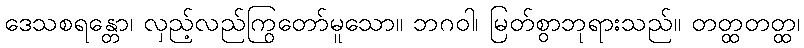
ဒေသစရန္တော၊ လှည့်လည်ကြွတော်မူသော။ ဘဂဝါ၊ မြတ်စွာဘုရားသည်။ တတ္ထတတ္ထ၊